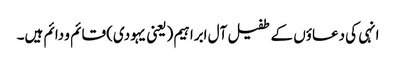
انہی کی دعاؤں کے طفیل آل ابراہیم (یعنی یہودی) قائم و دائم ہیں۔